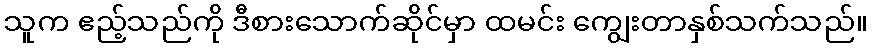
သူက ဧည့်သည်ကို ဒီစားသောက်ဆိုင်မှာ ထမင်း ကျွေးတာနှစ်သက်သည်။